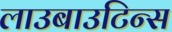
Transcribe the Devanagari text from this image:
लाउबाउटिन्स